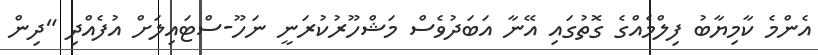
އެންމެ ކާމިޔާބު ފިލްމެއްގެ ގޮތުގައި އޭނާ އަބަދުވެސް މަޝްހޫރުކުރަނީ ނަހޫ-ސްޓައިލަށް އުފެއްދި "ދިން